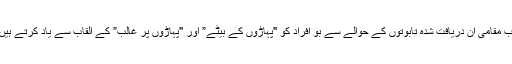
اب مقامی ان دریافت شدہ تابوتوں کے حوالے سے بو افراد کو "پہاڑوں کے بیٹے” اور "پہاڑوں پر غالب” کے القاب سے یاد کرتے ہیں۔